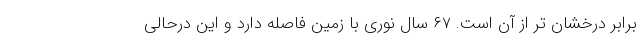
برابر درخشان تر از آن است. ۶۷ سال نوری با زمین فاصله دارد و این درحالی